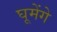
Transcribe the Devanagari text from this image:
घूमेंगे